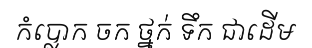
កំប្លោក ចក ថ្នក់ ទឹក ជាដើម